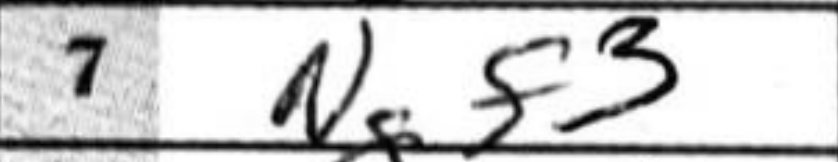
Transcription: Ngf3